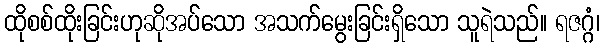
ထိုစစ်ထိုးခြင်းဟုဆိုအပ်သော အသက်မွေးခြင်းရှိသော သူရဲသည်။ ရဇဂ္ဂံ၊